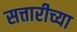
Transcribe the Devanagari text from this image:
सत्तारीच्या